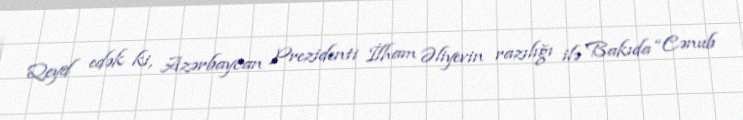
Qeyd edək ki, Azərbaycan Prezidenti İlham Əliyevin razılığı ilə Bakıda “Cənub